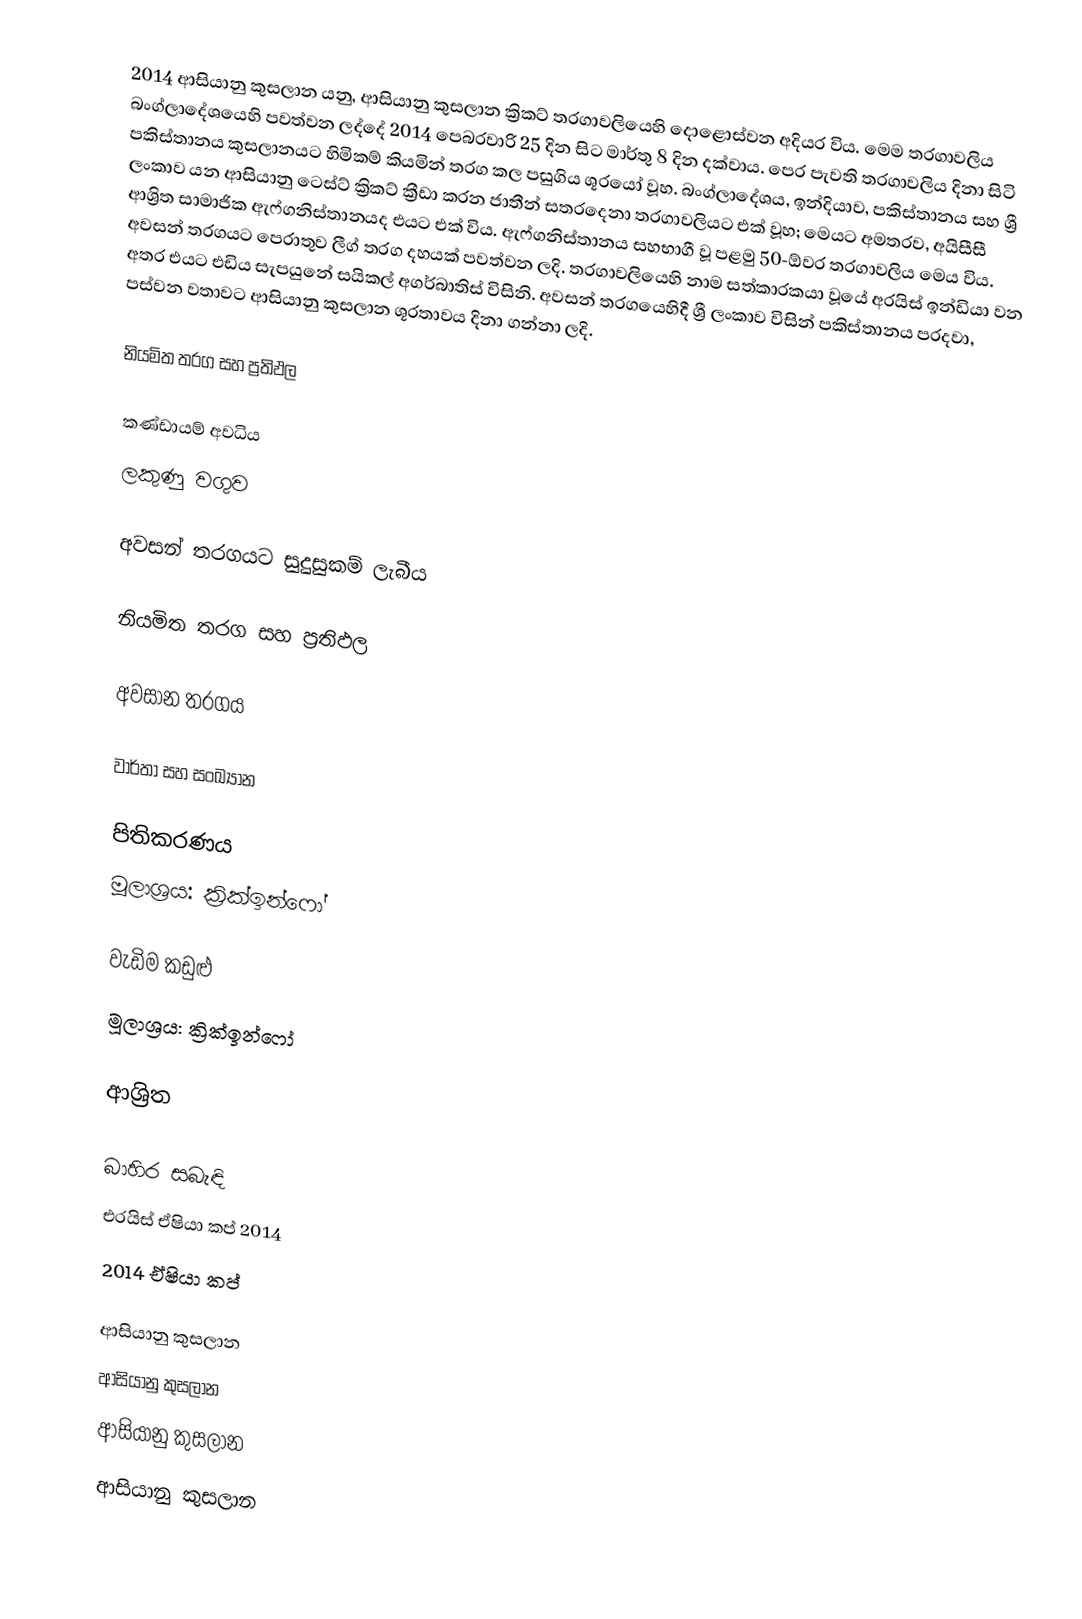
2014 ආසියානු කුසලාන යනු,  ආසියානු කුසලාන ක්‍රිකට් තරගාවලියෙහි දොළොස්වන අදියර විය. මෙම තරගාවලිය බංග්ලාදේශයෙහි පවත්වන ලද්දේ 2014 පෙබරවාරි 25 දින සිට මාර්තු 8 දින දක්වාය. පෙර පැවති තරගාවලිය දිනා සිටි පකිස්තානය කුසලානයට හිමිකම් කියමින් තරග කල පසුගිය ශූරයෝ වූහ.  බංග්ලාදේශය, ඉන්දියාව, පකිස්තානය සහ ශ්‍රී ලංකාව යන ආසියානු ටෙස්ට් ක්‍රිකට් ක්‍රීඩා කරන ජාතීන් සතරදෙනා තරගාවලියට එක් වූහ; මෙයට අමතරව,  අයිසීසී ආශ්‍රිත සාමාජික ඇෆ්ගනිස්තානයද එයට එක් විය. ඇෆ්ගනිස්තානය සහභාගී වූ පළමු  50-ඕවර තරගාවලිය මෙය විය. අවසන් තරගයට පෙරාතුව ලීග් තරග දහයක් පවත්වන ලදි. තරගාවලියෙහි නාම සත්කාරකයා වූයේ අරයිස් ඉන්ඩියා වන අතර එයට එඩිය සැපයුනේ සයිකල් අගර්බාතිස් විසිනි.  අවසන් තරගයෙහිදී ශ්‍රී ලංකාව විසින් පකිස්තානය පරදවා, පස්වන වතාවට ආසියානු කුසලාන ශූරතාවය දිනා ගන්නා ලදි.

නියමිත තරග සහ ප්‍රතිඵල

කණ්ඩායම් අවධිය
ලකුණු වගුව

 අවසන් තරගයට සුදුසුකම් ලැබීය

නියමිත තරග සහ ප්‍රතිඵල

අවසාන තරගය

වාර්තා සහ සංඛ්‍යාන

පිතිකරණය
මූලාශ්‍රය: ක්‍රික්ඉන්ෆෝ

වැඩිම කඩුළු
මූලාශ්‍රය: ක්‍රික්ඉන්ෆෝ

ආශ්‍රිත

බාහිර  සබැඳි
 එරයිස් ඒෂියා කප් 2014
 2014 ඒෂියා කප්

ආසියානු කුසලාන
ආසියානු කුසලාන
ආසියානු කුසලාන
ආසියානු කුසලාන